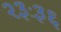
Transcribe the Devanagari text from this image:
२३ः३६